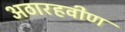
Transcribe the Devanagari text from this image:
अठारहवीण